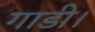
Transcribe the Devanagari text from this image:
गाडी।